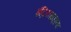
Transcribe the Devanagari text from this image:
इंद्रियग्राह्यता